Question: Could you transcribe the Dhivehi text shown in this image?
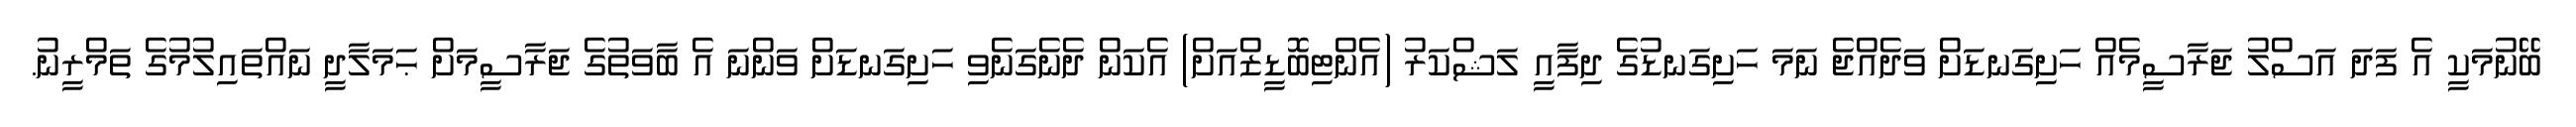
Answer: ބޭނުމަކީ އެ ފަދަ އަސްލު ޖަރާސީމެއް ހަށިގަނޑަށް ވަދެއްޖެ ނަމަ ހަށިގަނޑުގެ ދިފާއީ ލަޝްކަރު (އެންޓިބޮޑީޒްއަށް) އެކަން ދެނެގަނެވި ހަށިގަނޑަށް ވަންނަ އެ ބާވަތުގެ ޖަރާސީމަށް ޙަމަލާދީ ނައްތައިލުމުގެ ތަމްރީނު.